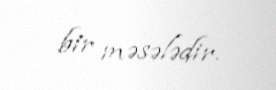
bir məsələdir.